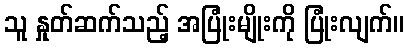
သူ နှုတ်ဆက်သည့် အပြုံးမျိုးကို ပြုံးလျက်။